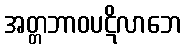
အတ္တဘာဝပဋိလာဘေ